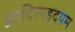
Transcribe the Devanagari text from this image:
आदित्यहृदयम